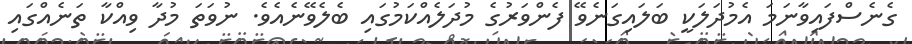
ގެނެސްފައިވާނަމަ އެމުދަލަކީ ބަލައިގަނެވޭ ފެންވަރުގެ މުދަލެއްކަމުގައި ބެލެވޭނެއެވެ. ނުވަތަ މުދާ ވިއްކާ ތަނެއްގައި